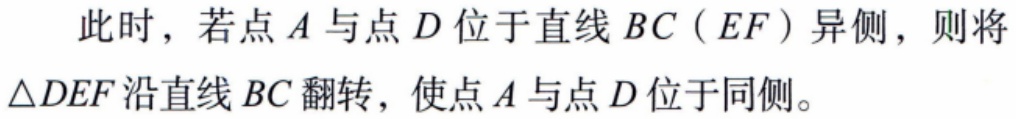
此时，若点\(A\)与点\(D\)位于直线\(BC（EF）\)异侧，则将\(\triangle DEF\)沿直线\(BC\)翻转，使点\(A\)与点\(D\)位于同侧。